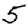
Digit: 5